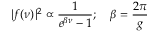
\vert f ( \nu ) \vert ^ { 2 } \propto { \frac { 1 } { e ^ { \beta \nu } - 1 } } ; \quad \beta = { \frac { 2 \pi } { g } }